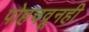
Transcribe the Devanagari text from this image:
पोहचवूनही